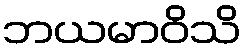
ဘယမာဝိသိ